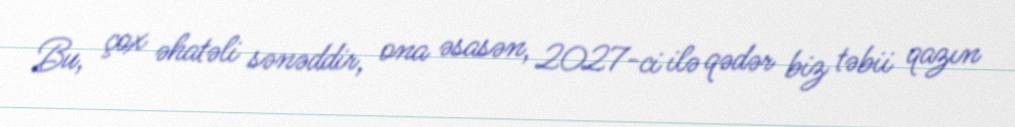
Bu, çox əhatəli sənəddir, ona əsasən, 2027-ci ilə qədər biz təbii qazın